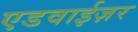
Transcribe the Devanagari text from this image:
एडवाईज़र